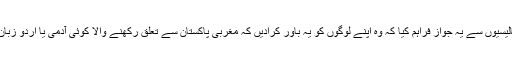
بنگالی علیحدہ نواز جتھوں کو مغربی پاکستان نے بھی اپنی حکومتی پالیسیوں سے یہ جواز فراہم کیا کہ وہ اپنے لوگوں کو یہ باور کرادیں کہ مغربی پاکستان سے تعلق رکھنے والا کوئی آدمی یا اردو زبان بولنے والا یا ہر غیر بنگالی ،بنگالیوں کا دوست نہیں بلکہ دشمن ہے۔